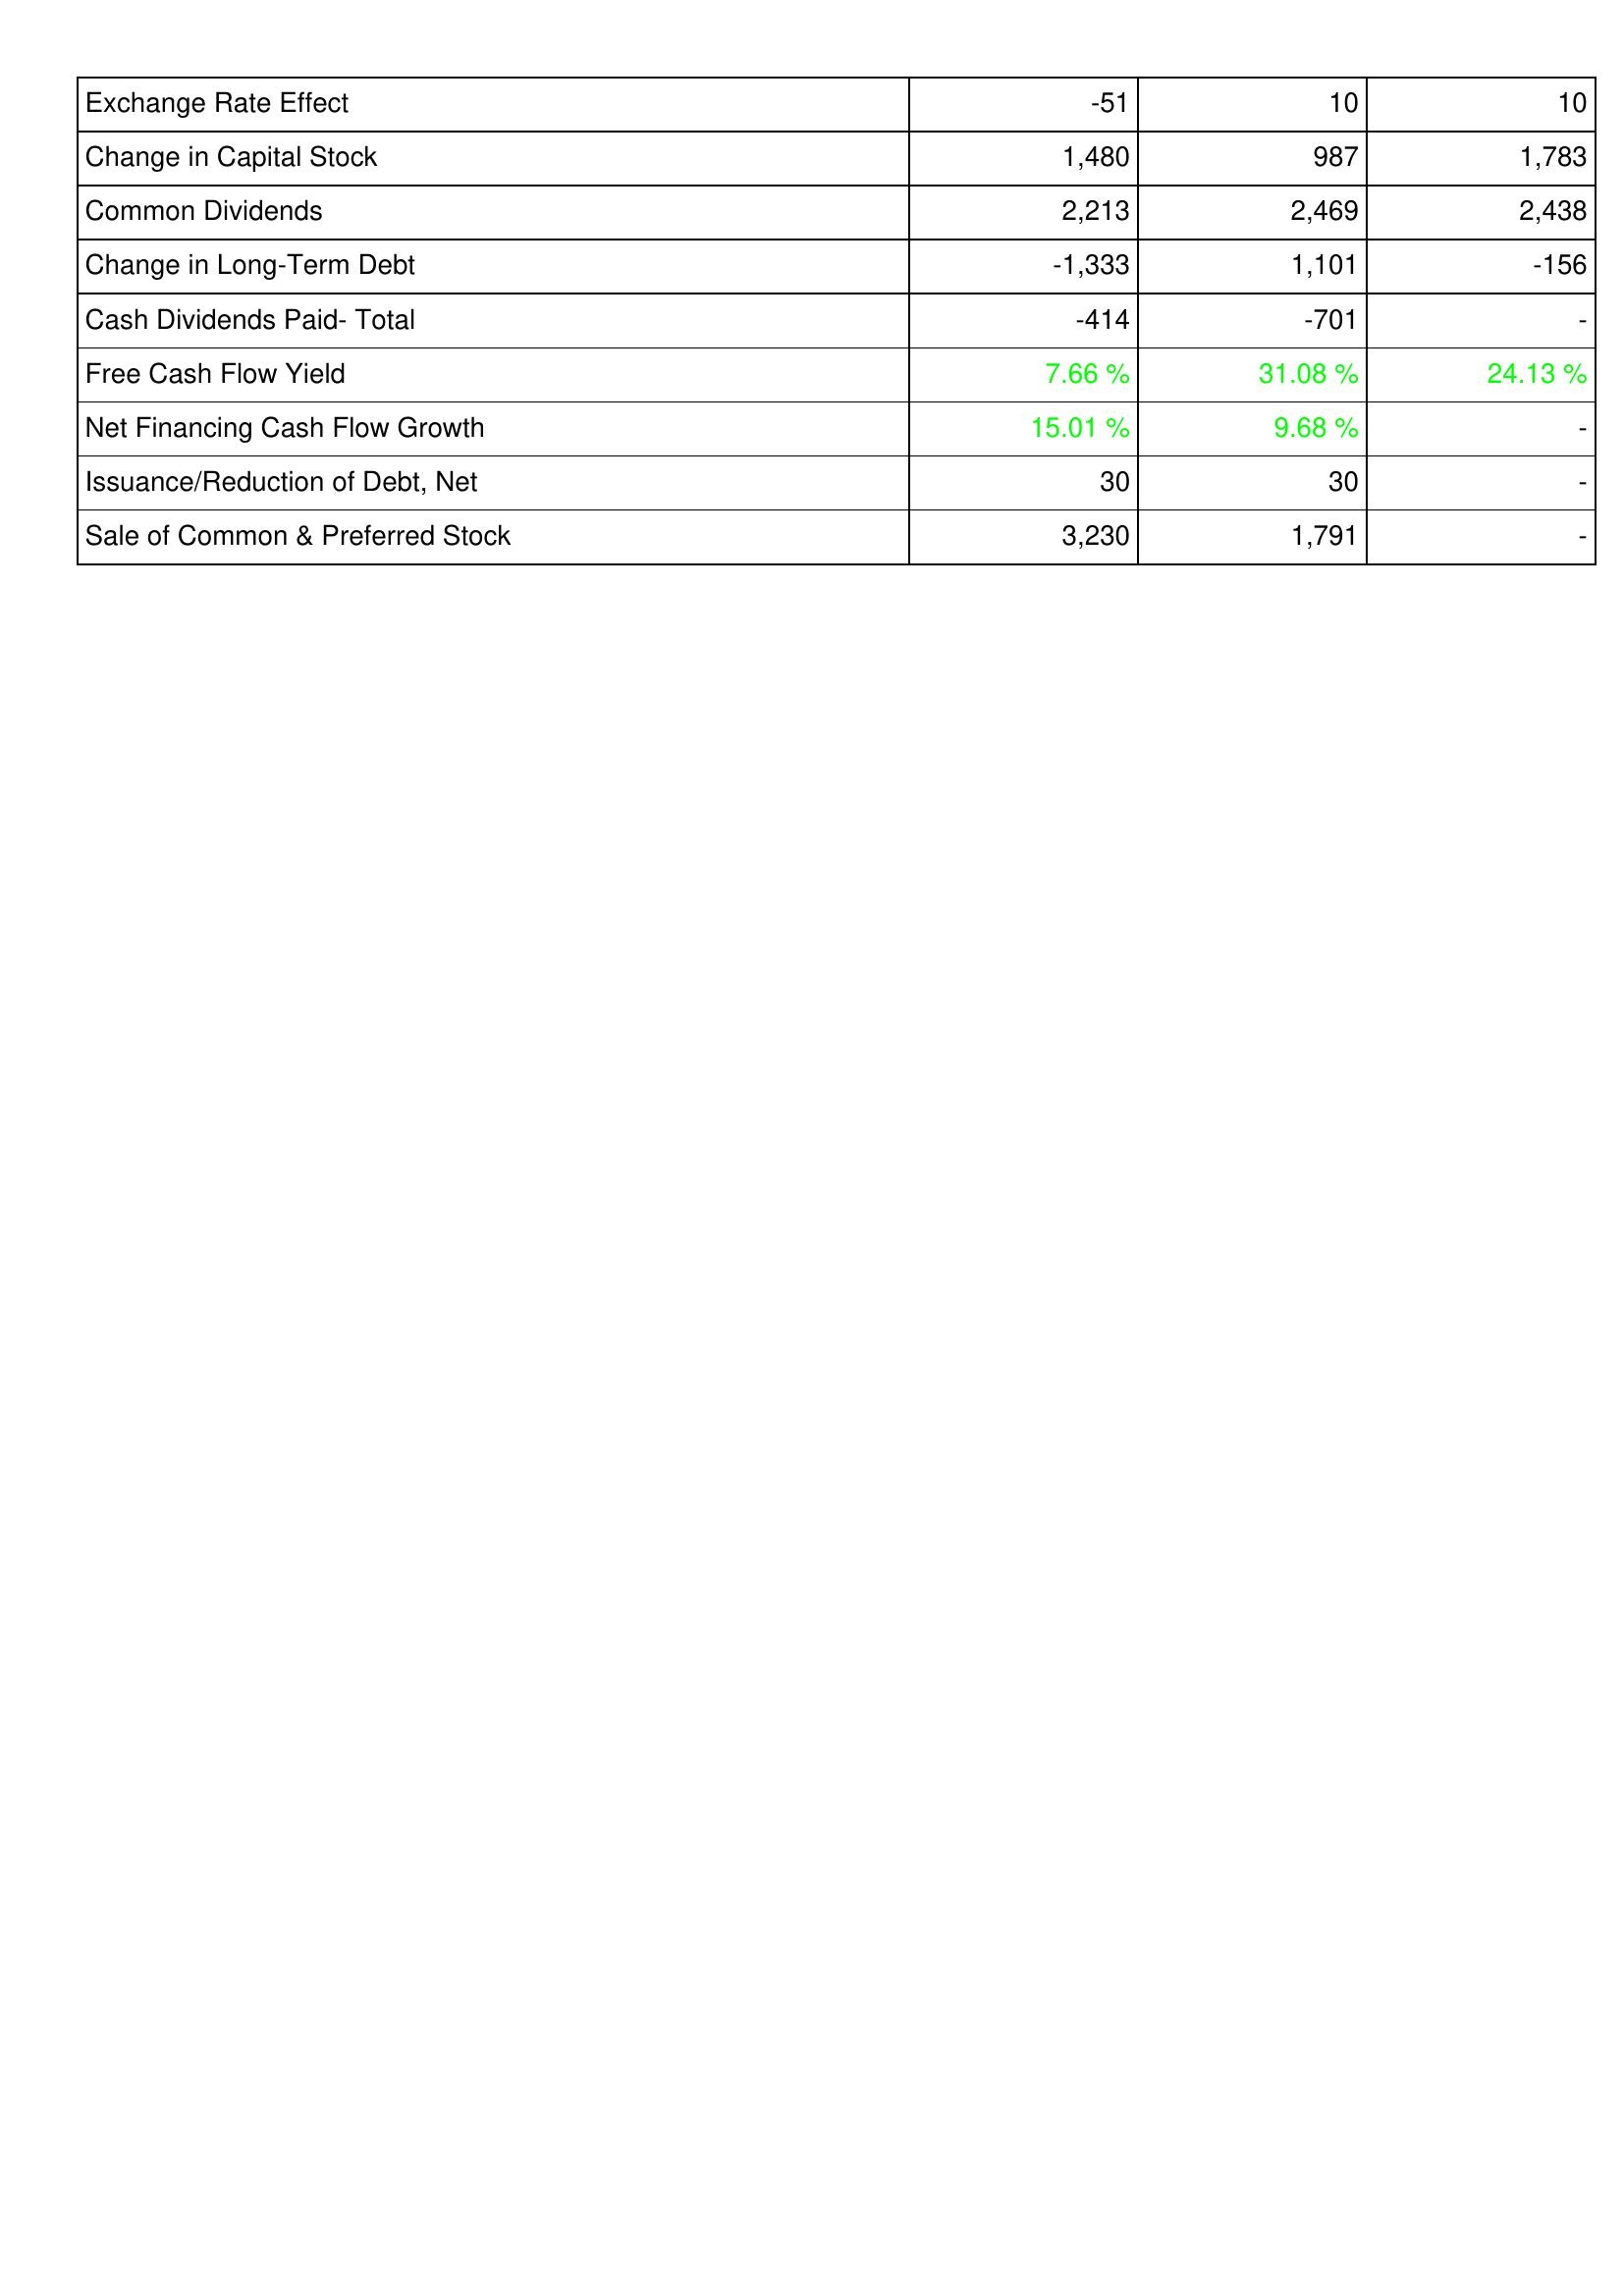
2016: Financing Activities: Exchange Rate Effect: -51
Change in Capital Stock: 1,480
Common Dividends: 2,213
Change in Long-Term Debt: -1,333
Cash Dividends Paid- Total: -414
Free Cash Flow Yield: 7.66 %
Net Financing Cash Flow Growth: 15.01 %
Issuance/Reduction of Debt, Net: 30
Sale of Common & Preferred Stock: 3,230
2017: Financing Activities: Exchange Rate Effect: 10
Change in Capital Stock: 987
Common Dividends: 2,469
Change in Long-Term Debt: 1,101
Cash Dividends Paid- Total: -701
Free Cash Flow Yield: 31.08 %
Net Financing Cash Flow Growth: 9.68 %
Issuance/Reduction of Debt, Net: 30
Sale of Common & Preferred Stock: 1,791
2018: Financing Activities: Exchange Rate Effect: 10
Change in Capital Stock: 1,783
Common Dividends: 2,438
Change in Long-Term Debt: -156
Cash Dividends Paid- Total: -
Free Cash Flow Yield: 24.13 %
Net Financing Cash Flow Growth: -
Issuance/Reduction of Debt, Net: -
Sale of Common & Preferred Stock: -